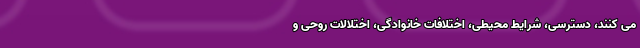
می کنند، دسترسی، شرایط محیطی،‌ اختلافات خانوادگی، اختلالات روحی و